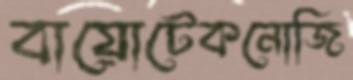
বায়োটেকনোজি